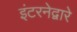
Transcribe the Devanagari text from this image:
इंटरनेद्वारे